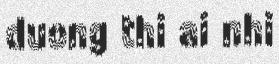
duong thi ai nhi